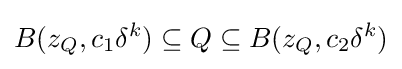
B(z_{Q},c_{1}\delta ^{k})\subseteq Q\subseteq B(z_{Q},c_{2}\delta ^{k})